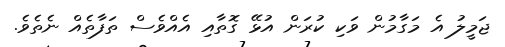
ޖަމީލު އެ މަގާމުން ވަކި ކުރަން އުޅޭ ގޮތާއި އެއްވެސް ތަފާތެއް ނެތެވެ.